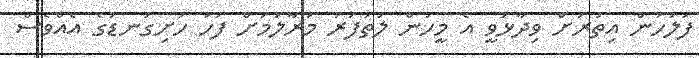
ފުލުހުން އިތުރަށް ވިދާޅުވީ އެ މީހުން ލުތުފަރު މަރާލުމަށް ފަހު ހަށިގަނޑުގެ އެއްވެސް